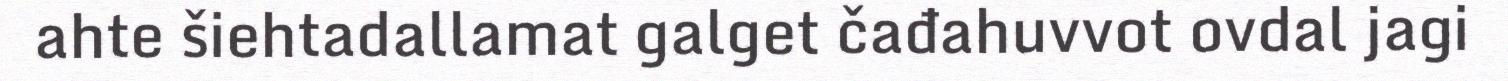
ahte šiehtadallamat galget čađahuvvot ovdal jagi